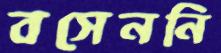
বসেননি